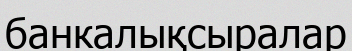
банкалықсыралар